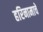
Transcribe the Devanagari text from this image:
हरिनामाचे